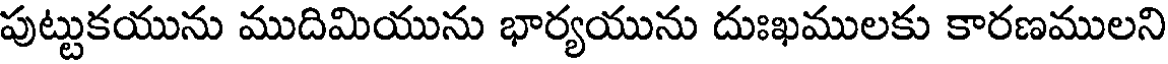
పుట్టుకయును ముదిమియును భార్యయును దుఃఖములకు కారణములని